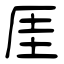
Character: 厓